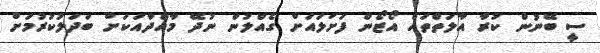
ސީ ބޭނުން ކުރާ އާލަތްތައް އޯޒޯން ފަށަލައަށް ގެއްލުން ނުދޭ މާއްދާއަކަށް ބަދަލުކުރުމަށް